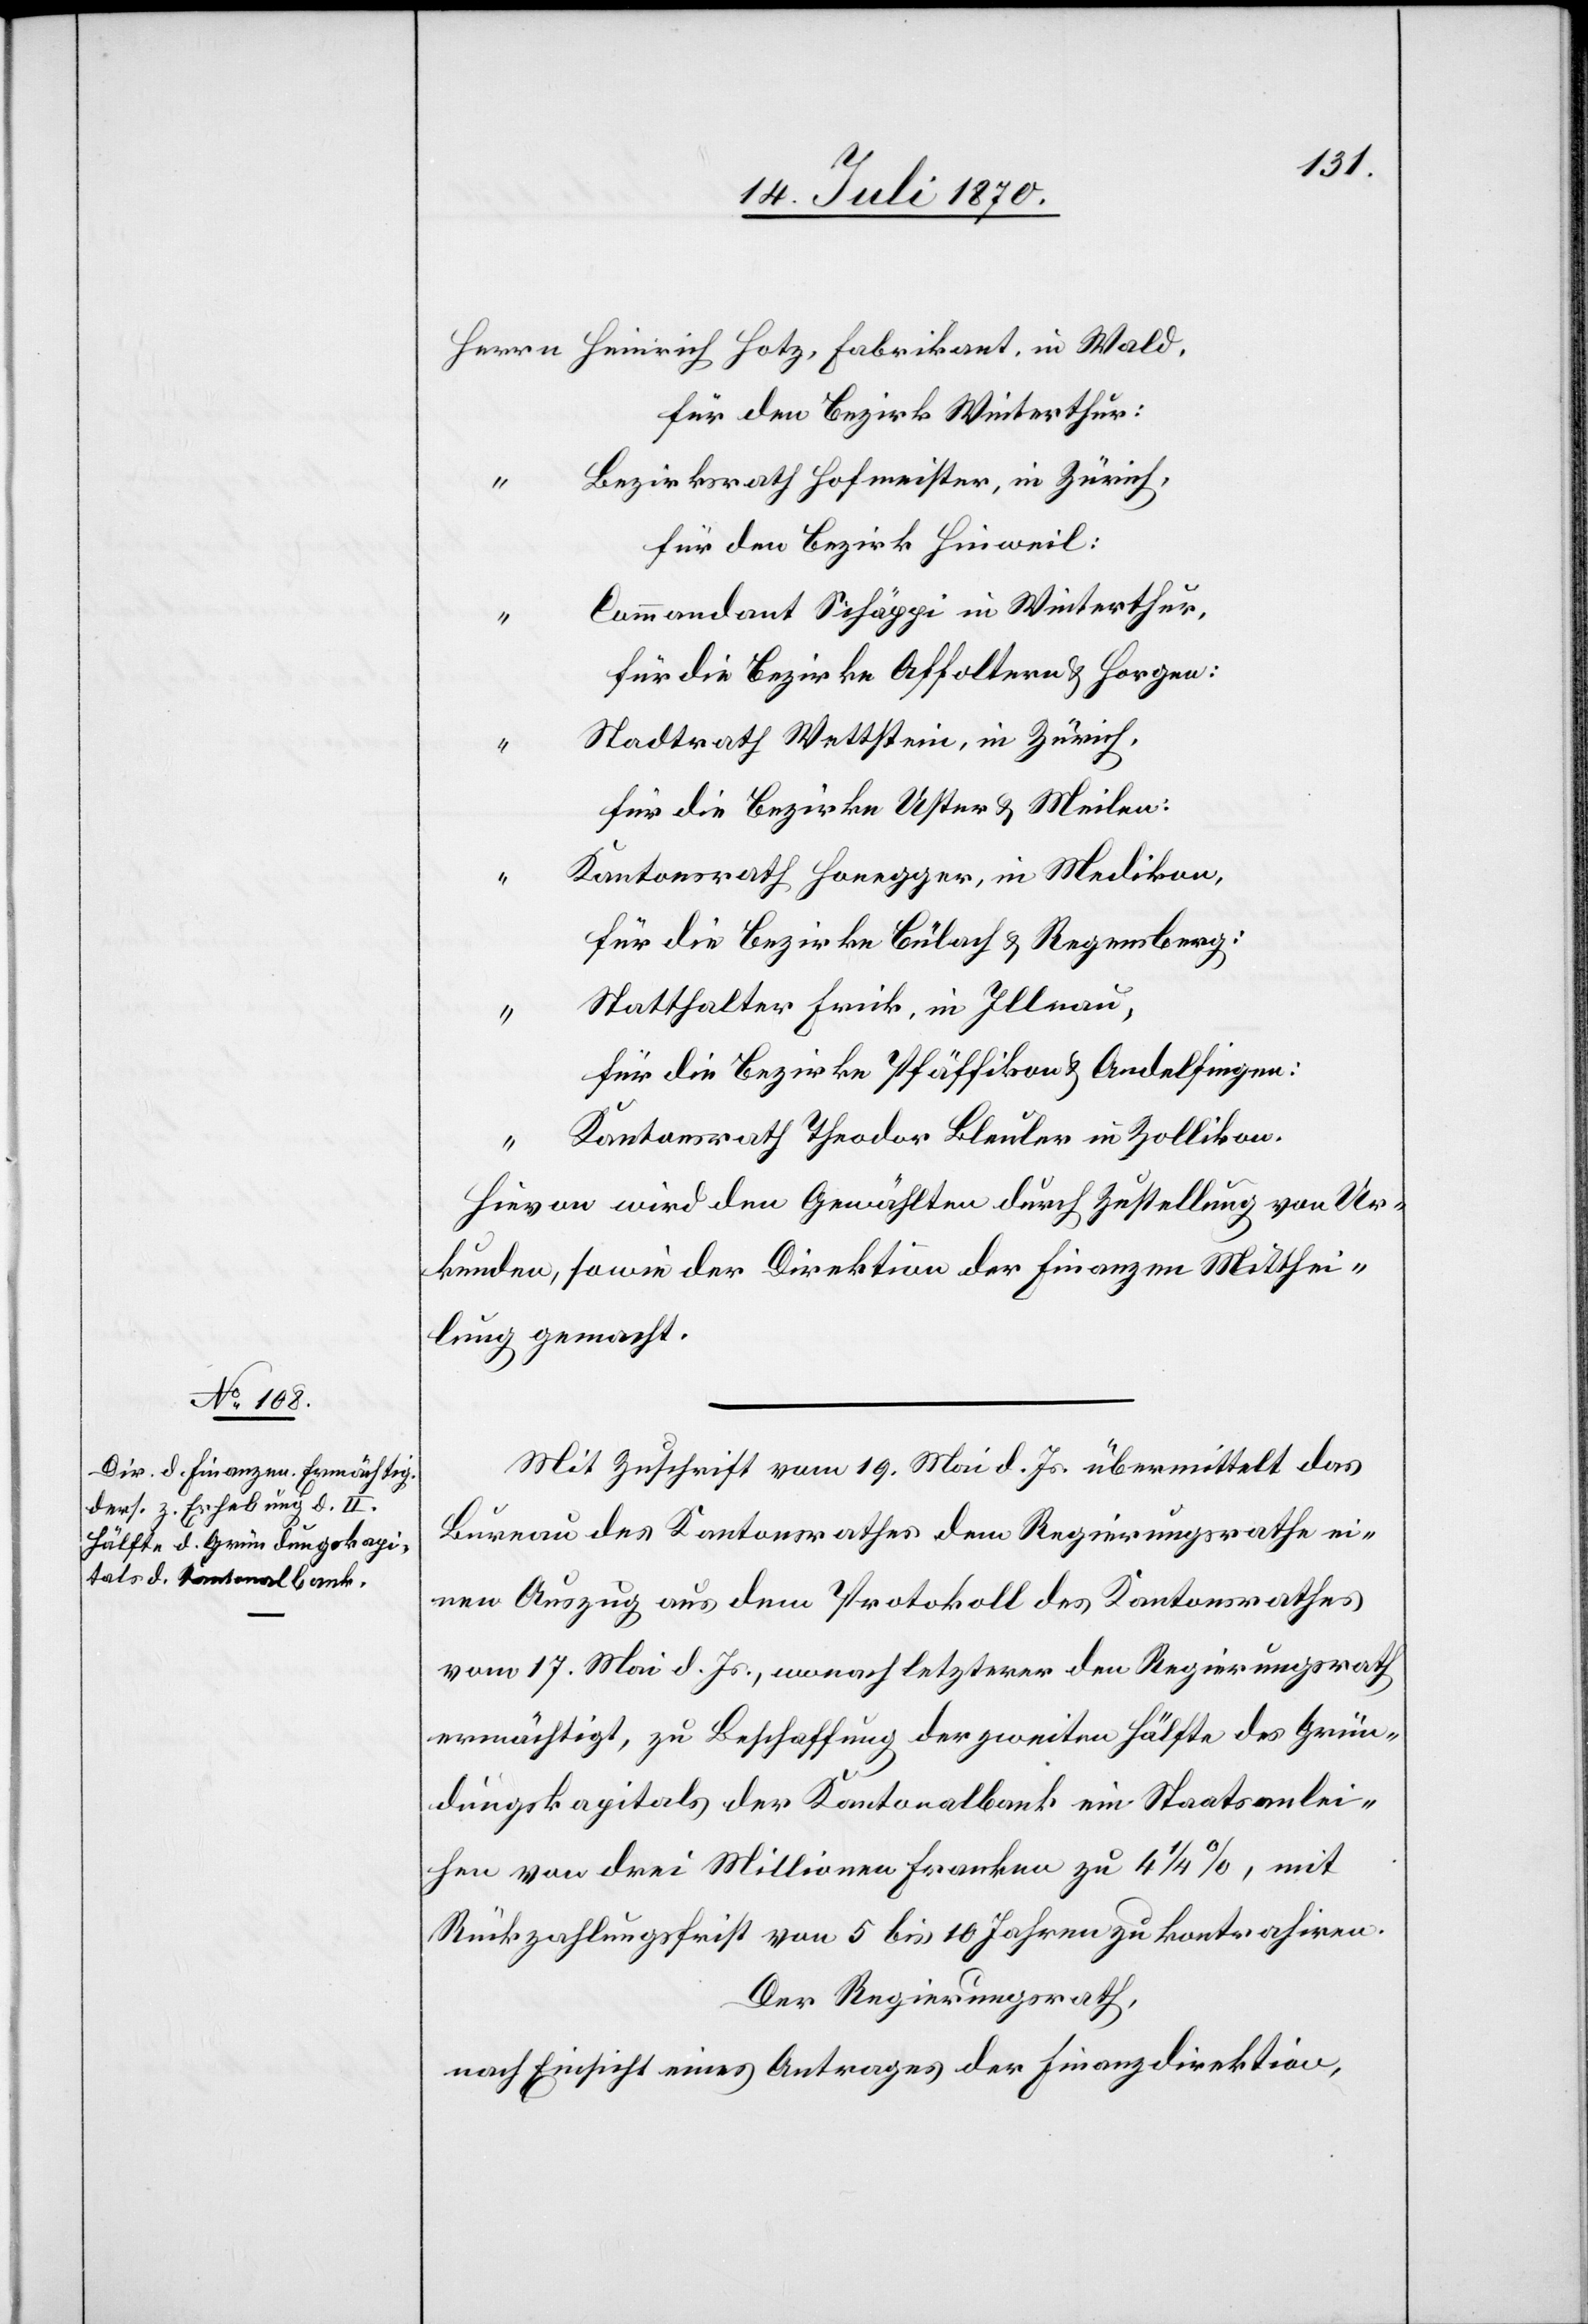
Für den Bezirk Winterthur:
Bezirksrath Hofmeister, in Zürich.
in Wald.
Für den Bezirk Hinweil:
Commandant Schäppi in Winterthur.
Für die Bezirke Affoltern & Horgen:
Stadtrath Wettstein, in Zürich.
Für die Bezirke Uster & Meilen:
Kantonsrath Honegger, in Medikon.
Für die Bezirke Bülach & Regensberg:
Statthalter Frick, in Illnau.
Für die Bezirke Pfäffikon & Andelfingen:
Kantonsrath Theodor Bleuler in Zollikon.
Hievon wird den Gewählten durch Zustellung von Ur¬
kunden, sowie der Direktion der Finanzen Mitthei¬
lung gemacht.
Mit Zuschrift vom 19. Mai d. Js. übermittelt das
Bureau des Kantonsrathes dem Regierungsrathe ei¬
nen Auszug aus dem Protokoll des Kantonsrathes
vom 17. Mai d. Js., wonach letzterer den Regierungsrath
ermächtigt, zu Beschaffung der zweiten Hälfte des Grün¬
dungskapitals der Kantonalbank ein Staatsanlei¬
hen von drei Millionen Franken zu 4 1/4%, mit
Rückzahlungsfrist von 5 bis 10 Jahren zu kontrahiren.
Der Regierungsrath,
nach Einsicht eines Antrages der Finanzdirektion,